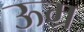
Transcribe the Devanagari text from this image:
ऊम्र